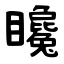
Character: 䂁